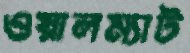
ওয়ালম্যাট